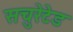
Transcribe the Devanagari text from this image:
सचुरेटेड